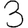
Digit: 3